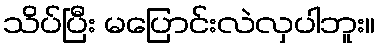
သိပ်ပြီး မပြောင်းလဲလှပါဘူး။